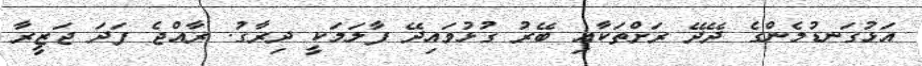
އަޅުގަނޑުމެންގެ ދޭދޭ ރަށްތަކާއި ބޭރު ގުޅުވައިދޭ ފާލަމަކީ ދިރާގު. ރާއްޖެ ފަދަ ޖަޒީރާ